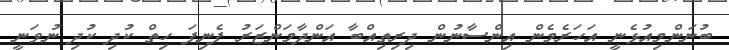
ބުނަންމިއުޅެނީ އަހަރެމެން އިންސާނުން ދިރިތިއްބާ އަންދާމަންޒަރު ފެނިފަ ހިތް ކުދި ކުދި ނުވަނީ